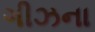
ગીઝના